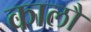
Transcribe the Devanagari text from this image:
कालौं